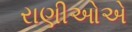
રાણીઓએ